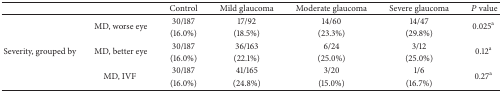
|  |  | Control | Mild glaucoma | Moderate glaucoma | Severe glaucoma | P value |
 | --- | --- | --- | --- | --- | --- | --- |
 | <ROWSPAN=2>  | <ROWSPAN=2> MD, worse eye | 30/187 | 17/92 | 14/60 | 14/47 | <ROWSPAN=2> 0.025a |
 | (16.0%) | (18.5%) | (23.3%) | (29.8%) |
 | <ROWSPAN=2> Severity, grouped by | <ROWSPAN=2> MD, better eye | 30/187 | 36/163 | 6/24 | 3/12 | <ROWSPAN=2> 0.12a |
 | (16.0%) | (22.1%) | (25.0%) | (25.0%) |
 | <ROWSPAN=2>  | <ROWSPAN=2> MD, IVF | 30/187 | 41/165 | 3/20 | 1/6 | <ROWSPAN=2> 0.27a |
 | (16.0%) | (24.8%) | (15.0%) | (16.7%) |